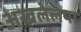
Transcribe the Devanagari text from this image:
अखलेलया